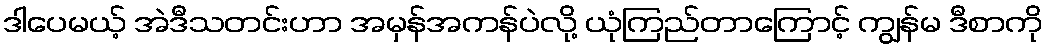
ဒါပေမယ့် အဲဒီသတင်းဟာ အမှန်အကန်ပဲလို့ ယုံကြည်တာကြောင့် ကျွန်မ ဒီစာကို